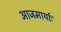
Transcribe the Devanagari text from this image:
आजमार्याः